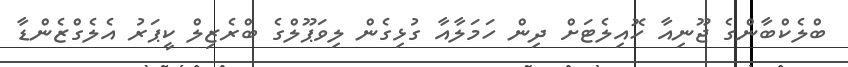
ބްލެކްބާންގެ ޖޫނިއާ ހޮއިލެޓަށް ދިން ހަމަލާއާ ގުޅިގެން ލިވަޕޫލްގެ ބްރެޒިލް ކީޕަރު އެލެގްޒެންޑާ